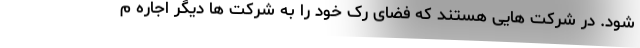
شود. در شرکت هایی هستند که فضای رک خود را به شرکت ها دیگر اجاره م